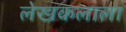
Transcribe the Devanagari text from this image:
लेखकलाला